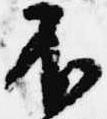
不